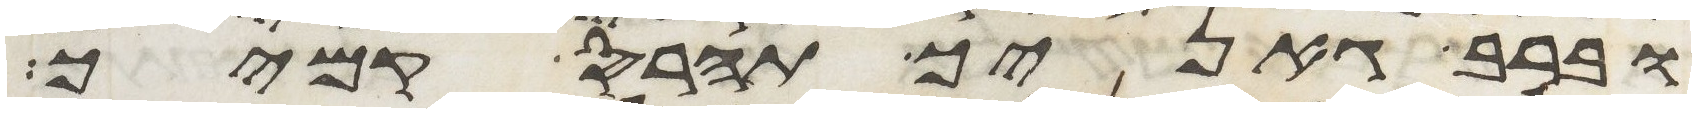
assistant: וברב גאניך תהרס קמיך